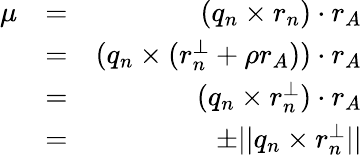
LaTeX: \begin{array}{rlr}{\mu}&{=}&{(q_{n}\times r_{n})\cdot r_{A}}\\ &{=}&{(q_{n}\times(r_{n}^{\perp}+\rho r_{A}))\cdot r_{A}}\\ &{=}&{(q_{n}\times r_{n}^{\perp})\cdot r_{A}}\\ &{=}&{\pm||q_{n}\times r_{n}^{\perp}||}\end{array}